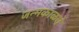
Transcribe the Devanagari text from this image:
जन्मकाळचे